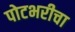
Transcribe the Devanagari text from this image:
पोटभरीचा